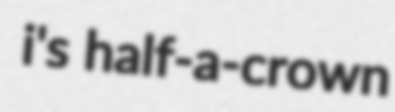
i's half-a-crown